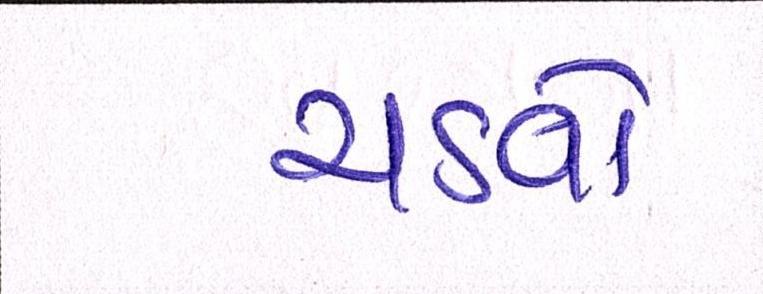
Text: ચડવો